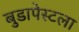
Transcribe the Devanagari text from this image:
बुडापेस्टला